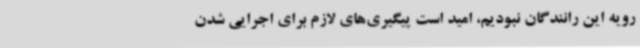
رویه این رانندگان نبودیم، امید است پیگیری‌های لازم برای اجرایی شدن